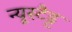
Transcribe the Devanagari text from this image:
न्यूस्टैड्ट